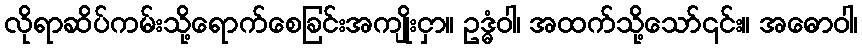
လိုရာဆိပ်ကမ်းသို့ရောက်စေခြင်းအကျိုးငှာ။ ဥဒ္ဓံဝါ၊ အထက်သို့သော်၎င်း။ အဓောဝါ၊